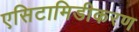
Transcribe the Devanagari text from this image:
एसिटामिडीकरण